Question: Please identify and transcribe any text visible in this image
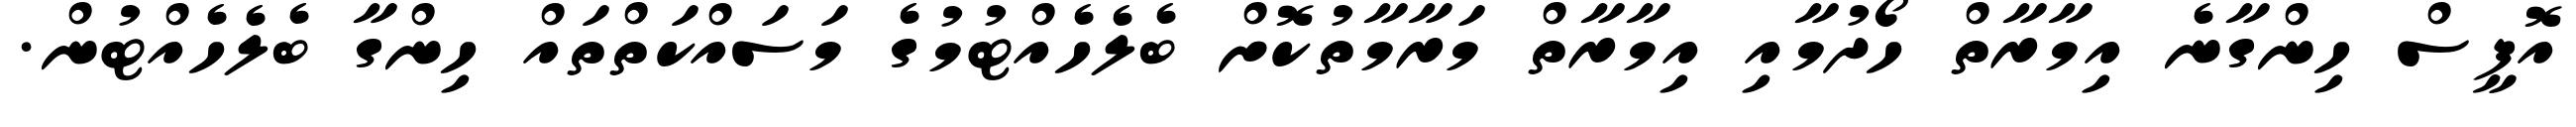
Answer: އޮފީސް ހިންގާނެ އިމާރާތް ހޯދުމާއި އިމާރާތް މަރާމާތުކޮށް ބެލެހެއްޓުމުގެ މަސައްކަތްތައް ހިންގާ ބެލެހެއްޓުން.